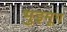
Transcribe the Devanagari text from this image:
भुइमूग